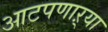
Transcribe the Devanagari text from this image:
आटपणाऱ्या